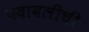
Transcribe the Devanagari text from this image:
पदावलीची